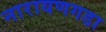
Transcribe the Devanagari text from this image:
नारायणगडा